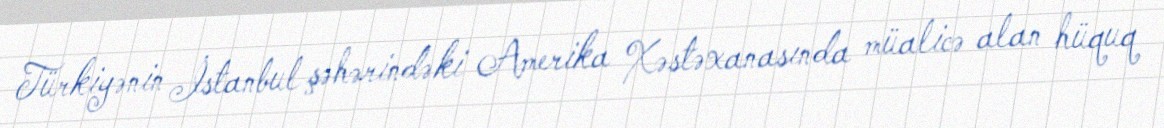
Türkiyənin İstanbul şəhərindəki Amerika Xəstəxanasında müalicə alan hüquq